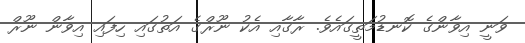
ވަނީ އިވާންގެ ކޮނޑުމަތީގައެވެ. ރާގާއި އެކު ނޫރްގެ އަތުގައި ހިފައި އިވާން ނޫރް